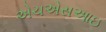
એચએસઆઇ